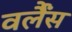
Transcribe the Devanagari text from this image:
वर्लैंस